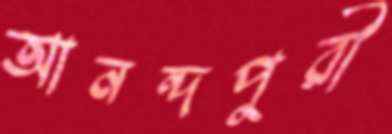
আনন্দপুরী